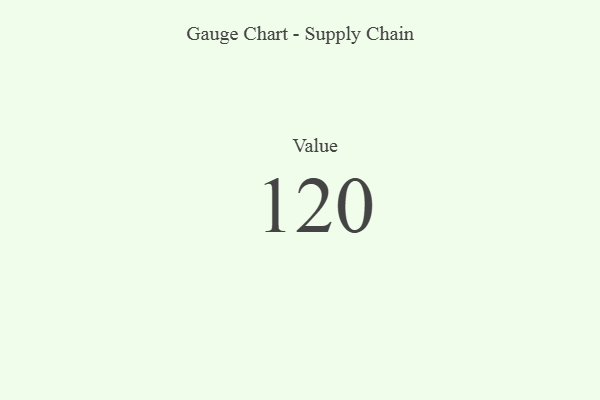
{"axis": {"x": "Metric", "y": "Value"}, "legend": [""], "data": [{"x": "Value", "y": 120, "type": ""}]}